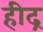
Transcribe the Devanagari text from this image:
हीद्र